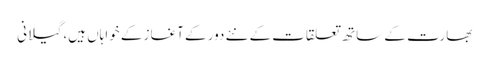
بھارت کے ساتھ تعلقات کے نئے دور کے آغاز کے خواہاں ہیں، گیلانی